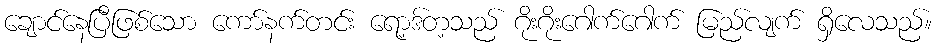
ချောင်နေပြီဖြစ်သော ကော်နက်တင်း ရော့ဒ်တ့သည် ဂိုးဂိုးဂေါက်ဂေါက် မြည်လျက် ရှိလေသည်။